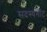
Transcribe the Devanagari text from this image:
सदस्यनॉट